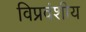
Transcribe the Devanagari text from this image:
विप्रवंशीय